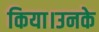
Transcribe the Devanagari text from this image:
किया।उनके